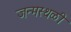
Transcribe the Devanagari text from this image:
जन्मस्थळी